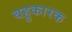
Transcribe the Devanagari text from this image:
बहुकारक